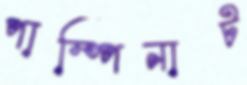
পাম্পিনাট